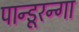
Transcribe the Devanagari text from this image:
पान्डूरन्गा